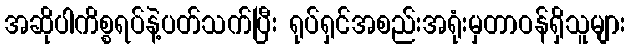
အဆိုပါကိစ္စရပ်နဲ့ပတ်သက်ပြီး ရုပ်ရှင်အစည်းအရုံးမှတာဝန်ရှိသူများ